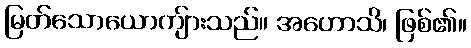
မြတ်သောယောကျ်ားသည်။ အဟောသိ၊ ဖြစ်၏။